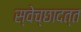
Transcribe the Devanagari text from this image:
स्वेच्छादत्त